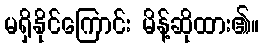
မရှိနိုင်ကြောင်း မိန့်ဆိုထား၏။